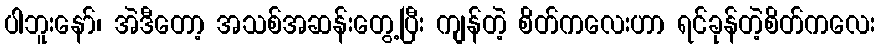
ပါဘူးနော်၊ အဲဒီတော့ အသစ်အဆန်းတွေ့ပြီး ကျန်တဲ့ စိတ်ကလေးဟာ ရင်ခုန်တဲ့စိတ်ကလေး